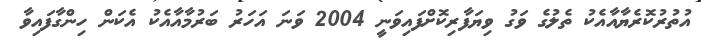
އުތުރުކޮރެޔާއާއެކު ތެލުގެ ވަގު ވިޔަފާރިކޮށްފައިވަނީ 2004 ވަނަ އަހަރު ބަރުމާއާއެކު އެކަން ހިންގާފައިވާ